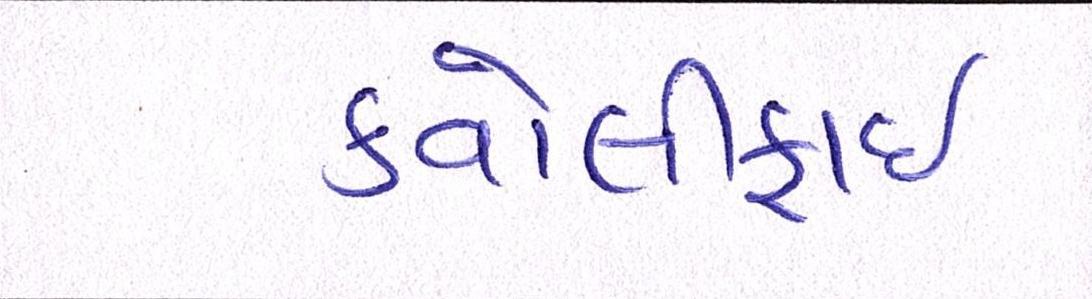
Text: કવોલીફાઈ